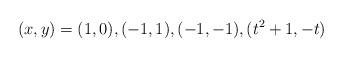
LaTeX: \begin{align*} (x,y)=(1,0), (-1,1), (-1,-1), (t^2+1,-t)\end{align*}